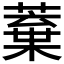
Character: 𮑒